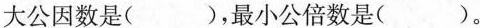
大公因数是()，最小公倍数是()。